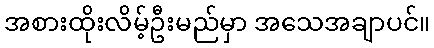
အစားထိုးလိမ့်ဦးမည်မှာ အသေအချာပင်။